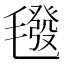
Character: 𣰀